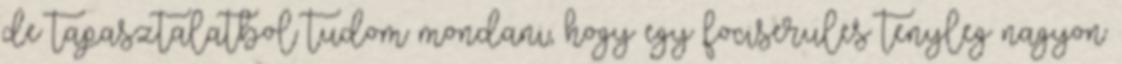
de tapasztalatbol tudom mondani, hogy egy fociserules tenyleg nagyon